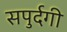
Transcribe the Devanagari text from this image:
सपुर्दगी